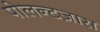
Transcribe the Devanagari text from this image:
पोलन्टज़ास